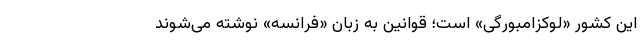
این کشور «لوکزامبورگی» است؛ قوانین به زبان «فرانسه» نوشته می‌شوند